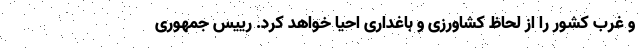
و غرب کشور را از لحاظ کشاورزی و باغداری احیا خواهد کرد. رییس جمهوری